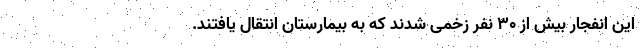
این انفجار بیش از ۳۰ نفر زخمی شدند که به بیمارستان انتقال یافتند.